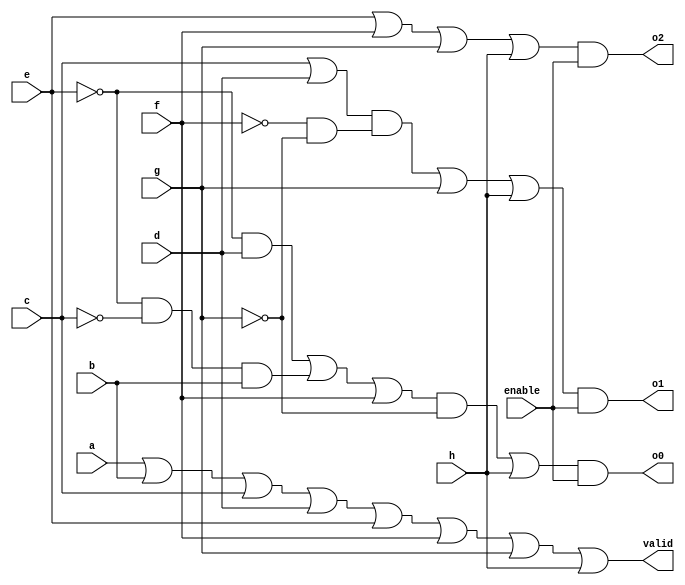
`timescale 1ns / 1ps

module priorityEnc(enable, a, b, c , d, e, f, g, h, o0, o1, o2, valid);

    input enable, a, b, c, d, e, f, g, h;
    output o0, o1, o2,valid;
    wire w0,w1,w2,w3,w4,w5;
	 
	 or(w0, a,b);
	 or(w1, w0,c);
	 or(w2, w1,d);
	 or(w3, w2,e);
	 or(w4, w3,f);
	 or(w5, w4,g);
	 or(valid, w5,h);
	 
	 wire W0,W1,W2,W3,W4,W5,W6;
	 and(W0, ~e,~c);
	 and(W1, W0,b);
	 and(W2, ~e,d);
	 or(W3, W2,W1);
	 or(W4, W3, f);
	 and(W5, W4,~g);
	 or(W6, W5, h);
	 and(o0, W6,enable);
	 
	 wire v0,v1,v2,v3,v4;
	 and(v0, ~f,~g);
	 or(v1, c,d);
	 and(v2, v1,v0);
	 or(v3, v2,g);
	 or(v4, v3,h);
	 and(o1, v4,enable);
	 
	 wire V0,V1,V2;
	 or(V0, e,f);
	 or(V1, V0,g);
	 or(V2, V1,h);
	 and(o2, V2,enable);
	 
endmodule